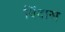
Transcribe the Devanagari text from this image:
विंदास